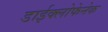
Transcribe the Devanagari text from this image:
डाईक्लोफेनेक